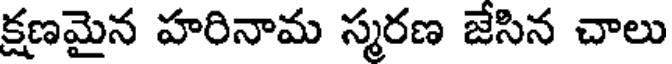
క్షణమైన హరినామ స్మరణ జేసిన చాలు